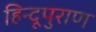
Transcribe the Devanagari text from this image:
हिन्दूपुराण